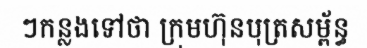
ៗកន្លងទៅថា ក្រុមហ៊ុនបុត្រសម្ព័ន្ធ